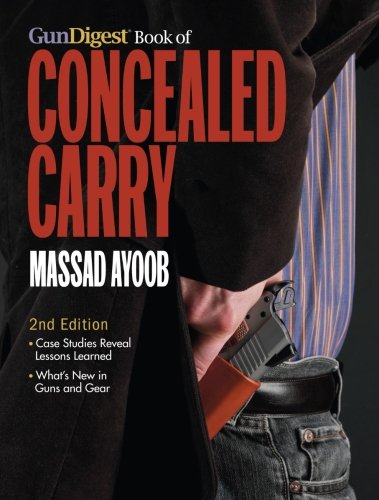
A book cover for Gun Digest Book of Concealed Carry; Massad Ayoob; Reference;